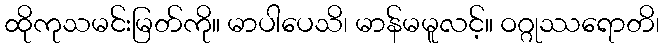
ထိုကုသမင်းမြတ်ကို။ မာပါပေသိ၊ မာန်မမူလင့်။ ဝဂ္ဂုဿရောတိ၊